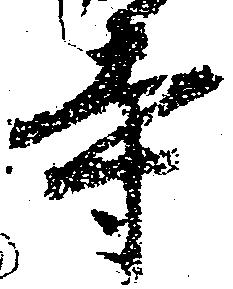
寺